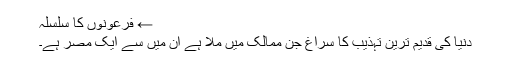
← فرعونوں کا سلسلہ
دنیا کی قدیم ترین تہذیب کا سراغ جن ممالک میں ملا ہے ان میں سے ایک مصر ہے۔